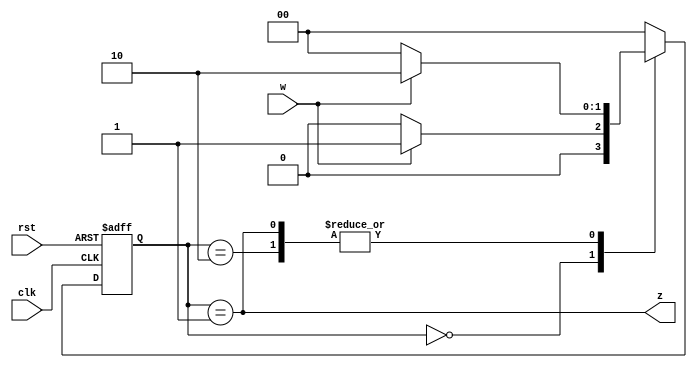
`timescale 1ns / 1ps
//////////////////////////////////////////////////////////////////////////////////
// Company: 
// Engineer: 
// 
// Design Name: 
// Module Name: risingEdgeDet
// Project Name: 
// Target Devices: 
// Tool Versions: 
// Description: 
// 
// Dependencies: 
// 
// Revision:
// Revision 0.01 - File Created
// Additional Comments:
// 
//////////////////////////////////////////////////////////////////////////////////


module risingEdgeDet(input clk, rst, w, output z);
reg [1:0] state, nextState;
parameter [1:0] A=2'b00, B=2'b01, C=2'b10;  
// Next state generation (combinational logic)
always @ (w or state)
case (state)
A: if (w==0) nextState = A;
 else nextState = B;
B: if (w==0) nextState = A;
 else nextState = C;
C: if (w==0) nextState = A;
 else nextState = C;
default: nextState = A;
endcase
// State register
// Update state FF's with the triggering edge of the clock
always @ (posedge clk or posedge rst) begin
if(rst) state <= A;
else state <= nextState;
end
// output generation (combinational logic)
assign z = (state == B);
endmodule